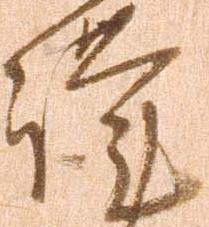
謹